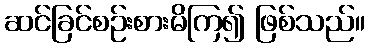
ဆင်ခြင်စဉ်းစားမိကြ၍ ဖြစ်သည်။